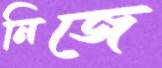
নিজে